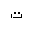
Letter: _ta